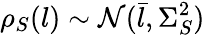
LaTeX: \rho_{S}(l)\sim\mathcal{N}(\bar{l},\Sigma_{S}^{2})